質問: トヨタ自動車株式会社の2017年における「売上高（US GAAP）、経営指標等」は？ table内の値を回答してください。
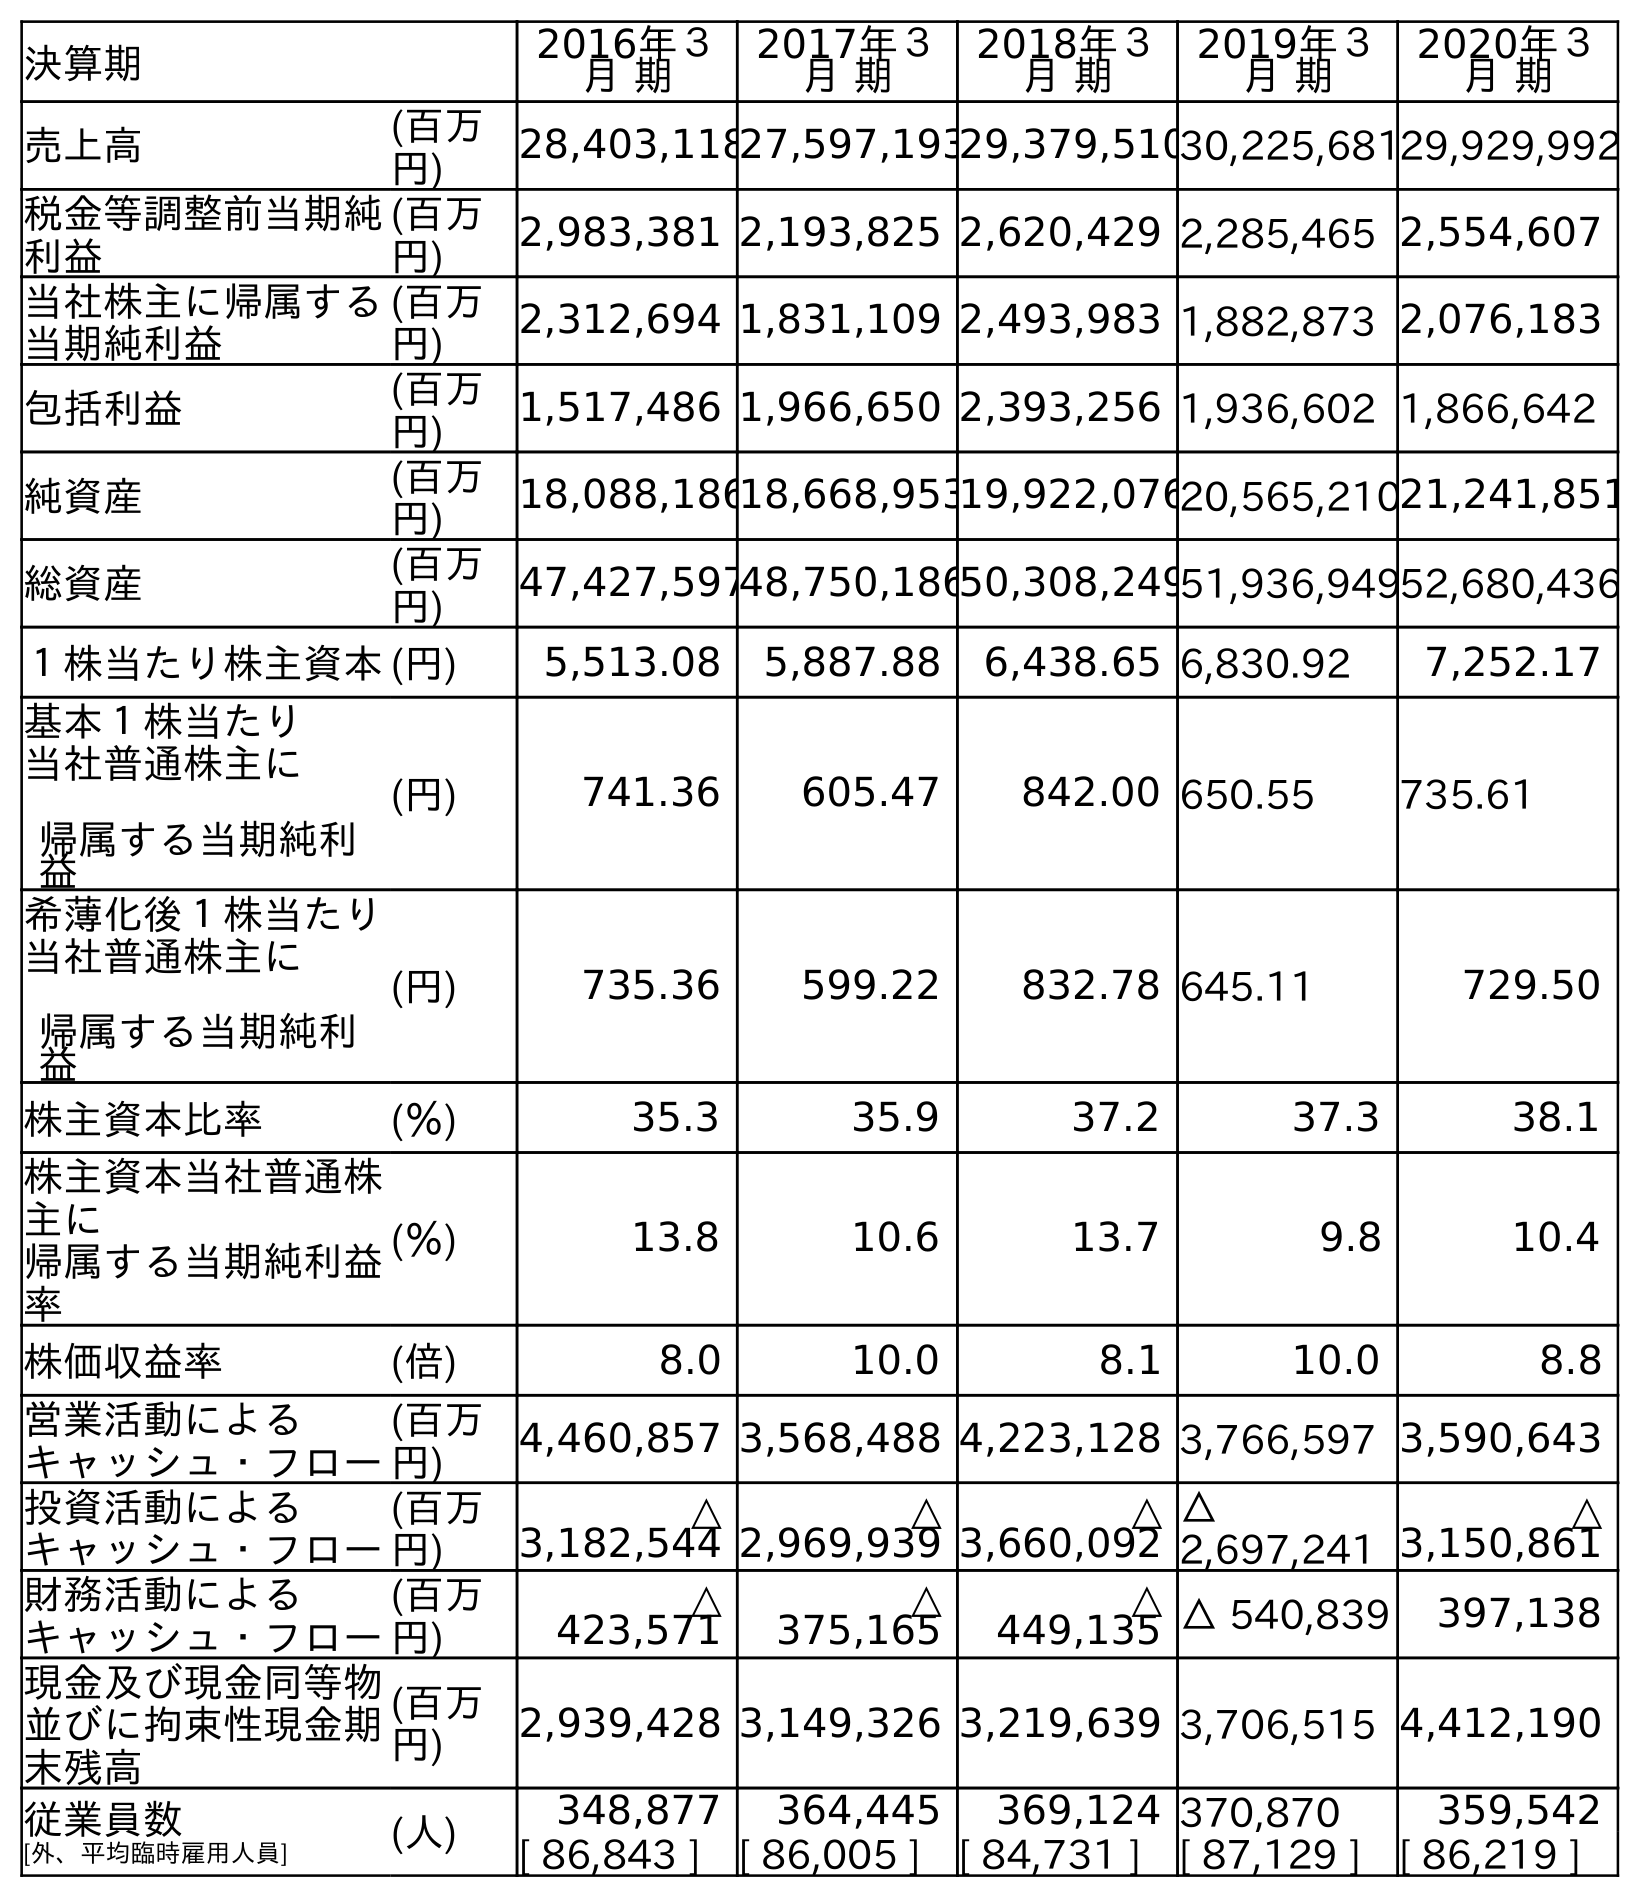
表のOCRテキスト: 決算期 2016年３ 月 期 2017年３ 月 期 2018年３ 月 期 2019年３ 月 期 2020年３ 月 期 売上高 (百万 円) 28,403,11827,597,19329,379,51030,225,68129,929,992 税金等調整前当期純 利益 (百万 円) 2,983,381 2,193,825 2,620,429 2,285,465 2,554,607 当社株主に帰属する 当期純利益 (百万 円) 2,312,694 1,831,109 2,493,983 1,882,873 2,076,183 包括利益 (百万 円) 1,517,486 1,966,650 2,393,256 1,936,602 1,866,642 純資産 (百万 円) 18,088,18618,668,95319,922,07620,565,21021,241,851 総資産 (百万 円) 47,427,59748,750,18650,308,24951,936,94952,680,436 １株当たり株主資本(円) 5,513.08 5,887.88 6,438.65 6,830.92 7,252.17 基本１株当たり 当社普通株主に 帰属する当期純利 益 (円) 741.36 605.47 842.00 650.55 735.61 希薄化後１株当たり 当社普通株主に 帰属する当期純利 益 (円) 735.36 599.22 832.78 645.11 729.50 株主資本比率 (％) 35.3 35.9 37.2 37.3 38.1 株主資本当社普通株 主に 帰属する当期純利益 率 (％) 13.8 10.6 13.7 9.8 10.4 株価収益率 (倍) 8.0 10.0 8.1 10.0 8.8 営業活動による キャッシュ・フロー (百万 円) 4,460,857 3,568,488 4,223,128 3,766,597 3,590,643 投資活動による キャッシュ・フロー (百万 円) △ 3,182,544 △ 2,969,939 △ 3,660,092 △ 2,697,241 △ 3,150,861 財務活動による キャッシュ・フロー (百万 円) △ 423,571 △ 375,165 △ 449,135 △ 540,839 397,138 現金及び現金同等物 並びに拘束性現金期 末残高 (百万 円) 2,939,428 3,149,326 3,219,639 3,706,515 4,412,190 従業員数 [外、平均臨時雇用人員] (人) 348,877 364,445 369,124 370,870 359,542 [ 86,843 ] [ 86,005 ] [ 84,731 ] [ 87,129 ] [ 86,219 ]
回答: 27,597,193